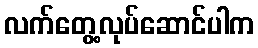
လက်တွေ့လုပ်ဆောင်ပါက